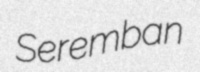
Seremban